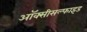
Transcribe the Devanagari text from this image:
ऑक्सीसल्फाइड